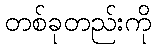
တစ်ခုတည်းကို